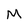
Character: M